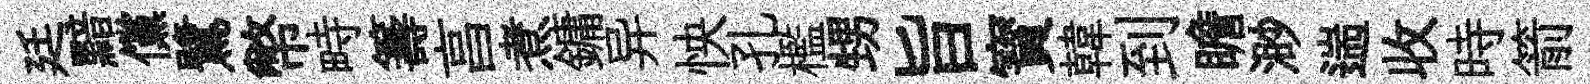
廷黯儻鷺幣畤籌亯煮鏞异怏孔檻甥旨寳韓到瞻渺遄收時箭